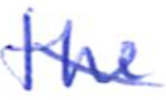
Text: the
Cross-out: diagonal
Writing tool: ballpoint